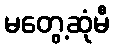
မတွေ့ဆုံမီ